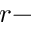
r -